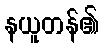
နယူတန်၏